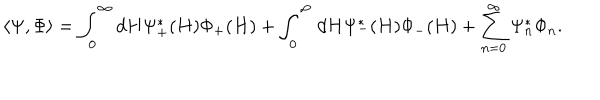
\langle \Psi , \Phi \rangle = \int _ { 0 } ^ { \infty } d H \Psi _ { + } ^ { * } ( H ) \Phi _ { + } ( H ) + \int _ { 0 } ^ { \infty } d H \Psi _ { - } ^ { * } ( H ) \Phi _ { - } ( H ) + \sum _ { n = 0 } ^ { \infty } \Psi _ { n } ^ { * } \Phi _ { n } .